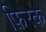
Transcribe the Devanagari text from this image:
फ़िरके